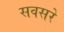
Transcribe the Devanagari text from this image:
सवसरे